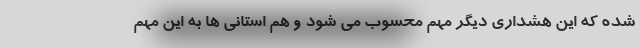
شده که این هشداری دیگر مهم محسوب می شود و هم استانی ها به این مهم